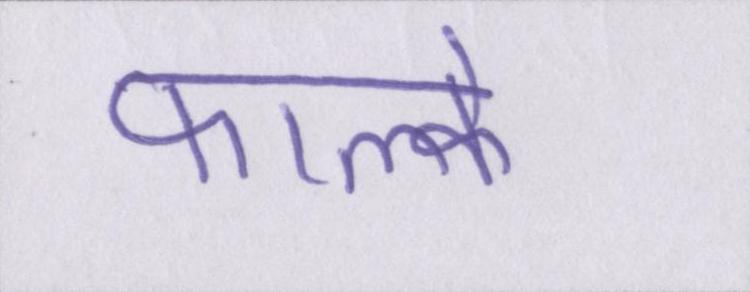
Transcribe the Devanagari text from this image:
फाल्के